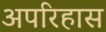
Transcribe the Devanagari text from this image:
अपरिहास